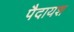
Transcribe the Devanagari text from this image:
पैदायश